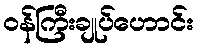
ဝန်ကြီးချုပ်ဟောင်း